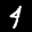
Label: 4